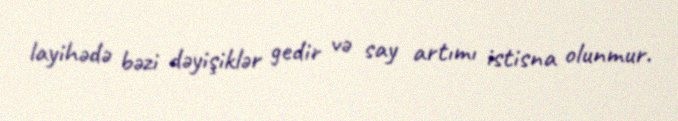
layihədə bəzi dəyişiklər gedir və say artımı istisna olunmur.